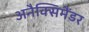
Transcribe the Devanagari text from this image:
अनैक्सिमैंडर